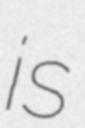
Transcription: is